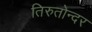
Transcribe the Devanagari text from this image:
तिरुतोन्दर